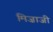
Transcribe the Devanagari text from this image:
मिज़ाजी